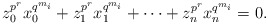
\begin{align*}z_0^{p^r}x_0^{q^{m_i}}+z_1^{p^r}x_1^{q^{m_i}}+\cdots+z_n^{p^r}x_n^{q^{m_i}}=0.\end{align*}